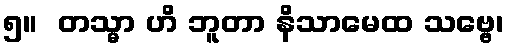
၅။  တသ္မာ ဟိ ဘူတာ နိသာမေထ သဗ္ဗေ၊